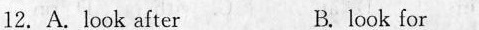
12. A. look after B look for